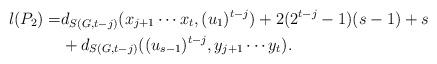
LaTeX: \begin{align*}l(P_2)=&d_{S(G,t-j)}(x_{j+1}\cdots x_t,(u_1)^{t-j})+2(2^{t-j}-1)(s-1)+s\\&+d_{S(G,t-j)}((u_{s-1})^{t-j},y_{j+1}\cdots y_t).\end{align*}